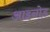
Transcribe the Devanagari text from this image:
आइनोड